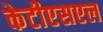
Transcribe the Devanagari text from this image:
केटीएसएल